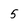
Character: 5